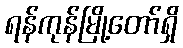
ရန်ကုန်မြို့တော်ရှိ